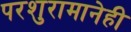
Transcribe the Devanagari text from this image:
परशुरामानेही